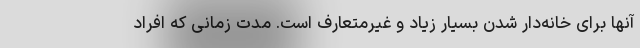
آنها برای خانه‌دار شدن بسیار زیاد و غیرمتعارف است. مدت زمانی که افراد